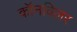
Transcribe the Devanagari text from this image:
कॉनविलर